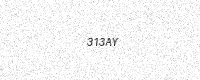
Text: 313AY